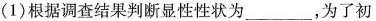
(1)根据调查结果判断显性性状为____________，为了初